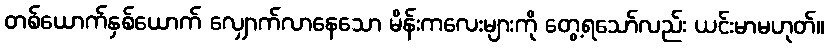
တစ်ယောက်နှစ်ယောက် လျှောက်လာနေသော မိန်းကလေးများကို တွေ့ရသော်လည်း ယင်းမာမဟုတ်။